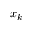
x _ { k }